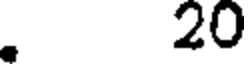
. 20